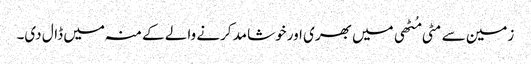
زمین سے مٹی مُٹھی میں بھری اور خوشامد کرنے والے کے منہ میں ڈال دی۔